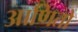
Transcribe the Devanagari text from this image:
आणितो